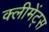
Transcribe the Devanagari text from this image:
क्लीमेंट्स